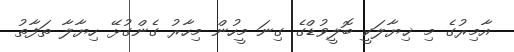
އާމިރުގެ މި ޚިޔާލަކީ ބޮލީވުޑްގެ ގިނަ މީހުން މިހާރު ގެންގުޅޭ ހިޔާލާ ތަފާތު